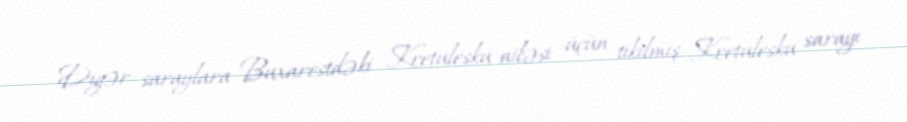
Digər saraylara Buxarestdəki Krețulesku ailəsi üçün tikilmiş Krețulesku sarayı